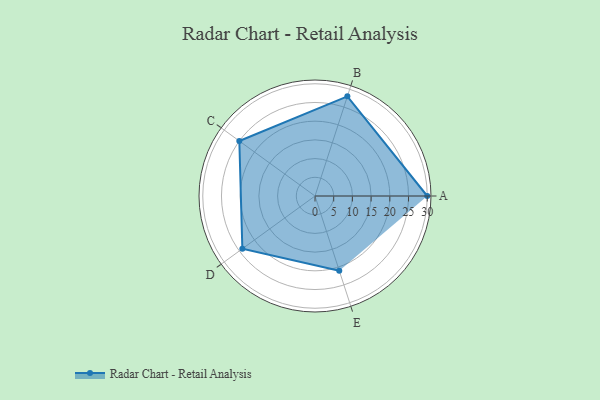
{"axis": {"x": "Skill", "y": "Score"}, "legend": ["Profile"], "data": [{"x": "A", "y": 30.0, "type": "Profile"}, {"x": "B", "y": 28.0, "type": "Profile"}, {"x": "C", "y": 25.0, "type": "Profile"}, {"x": "D", "y": 24.0, "type": "Profile"}, {"x": "E", "y": 21.0, "type": "Profile"}]}